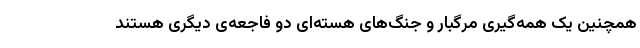
همچنین یک همه‌گیری مرگبار و جنگ‌های هسته‌ای دو فاجعه‌ی دیگری هستند